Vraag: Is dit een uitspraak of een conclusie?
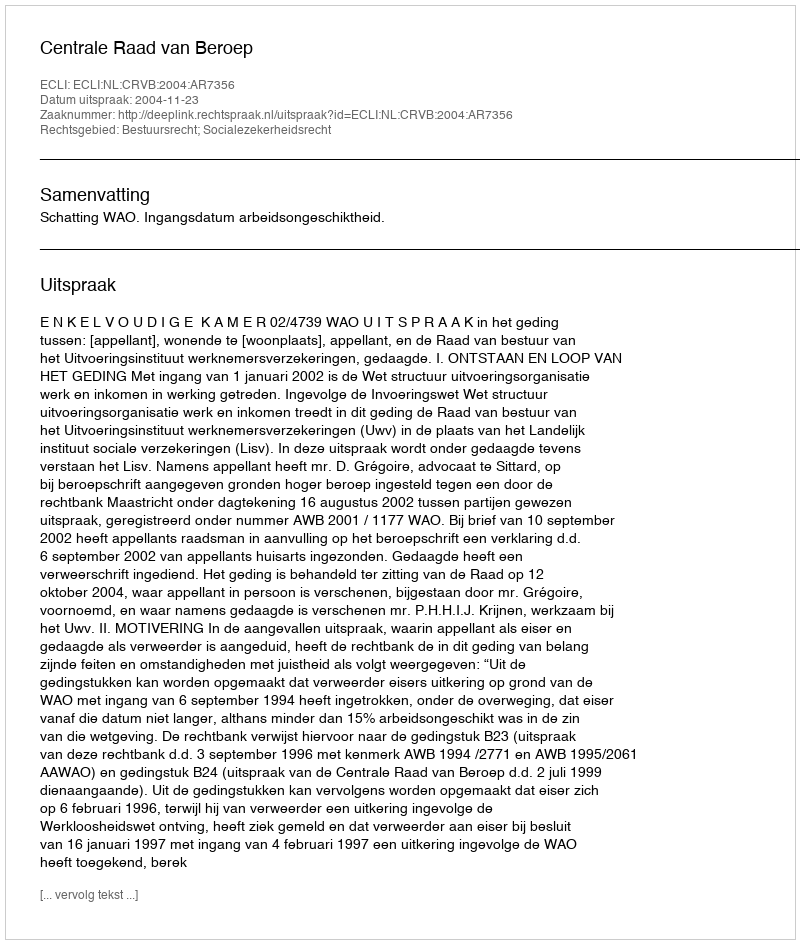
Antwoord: Uitspraak